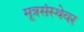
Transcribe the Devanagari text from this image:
मूत्रसंस्थेवर